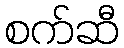
စက်ဆီ